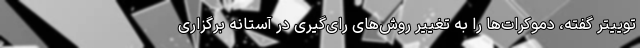
توییتر گفته، دموکرات‌ها را به تغییر روش‌های رای‌گیری در آستانه برگزاری